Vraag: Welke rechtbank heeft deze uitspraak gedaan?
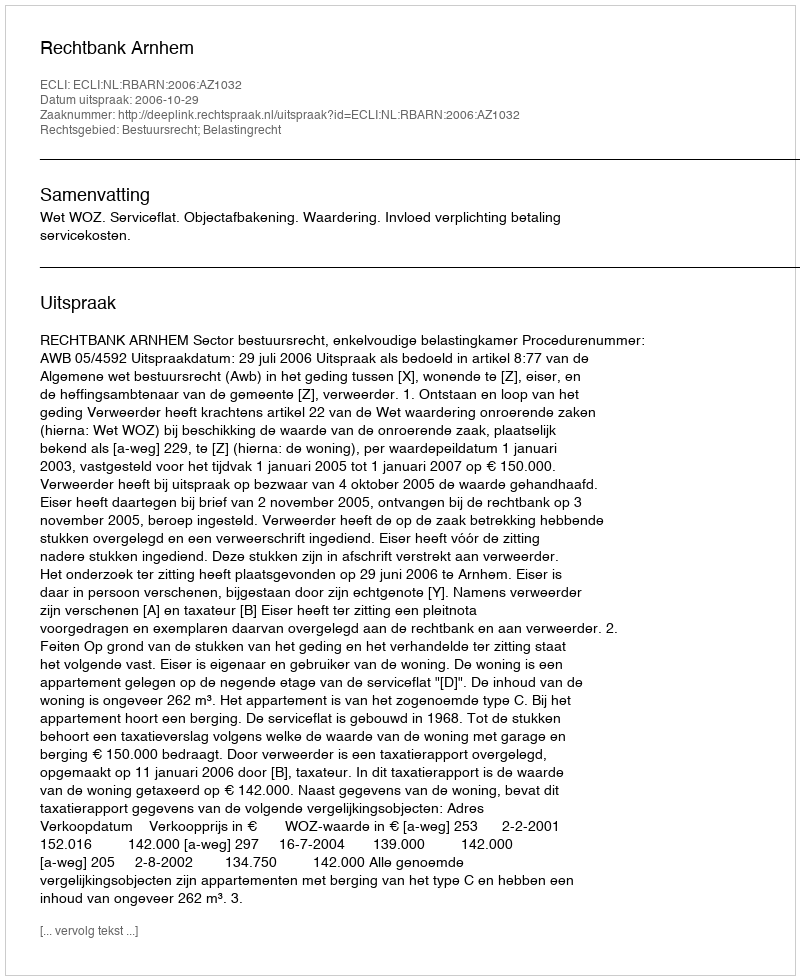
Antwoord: Rechtbank Arnhem